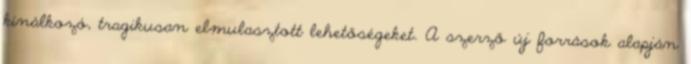
kínálkozó, tragikusan elmulasztott lehetőségeket. A szerző új források alapján